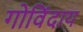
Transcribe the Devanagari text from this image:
गोविंदाय